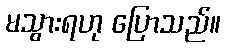
မသွားရဟု ပြောသည်။